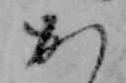
か